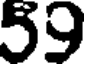
59